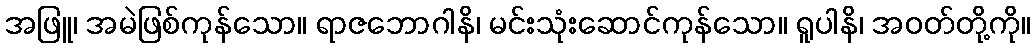
အဖြူ၊ အမဲဖြစ်ကုန်သော။ ရာဇဘောဂါနိ၊ မင်းသုံးဆောင်ကုန်သော။ ရူပါနိ၊ အဝတ်တို့ကို။